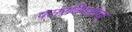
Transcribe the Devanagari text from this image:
पसरविण्याच्या